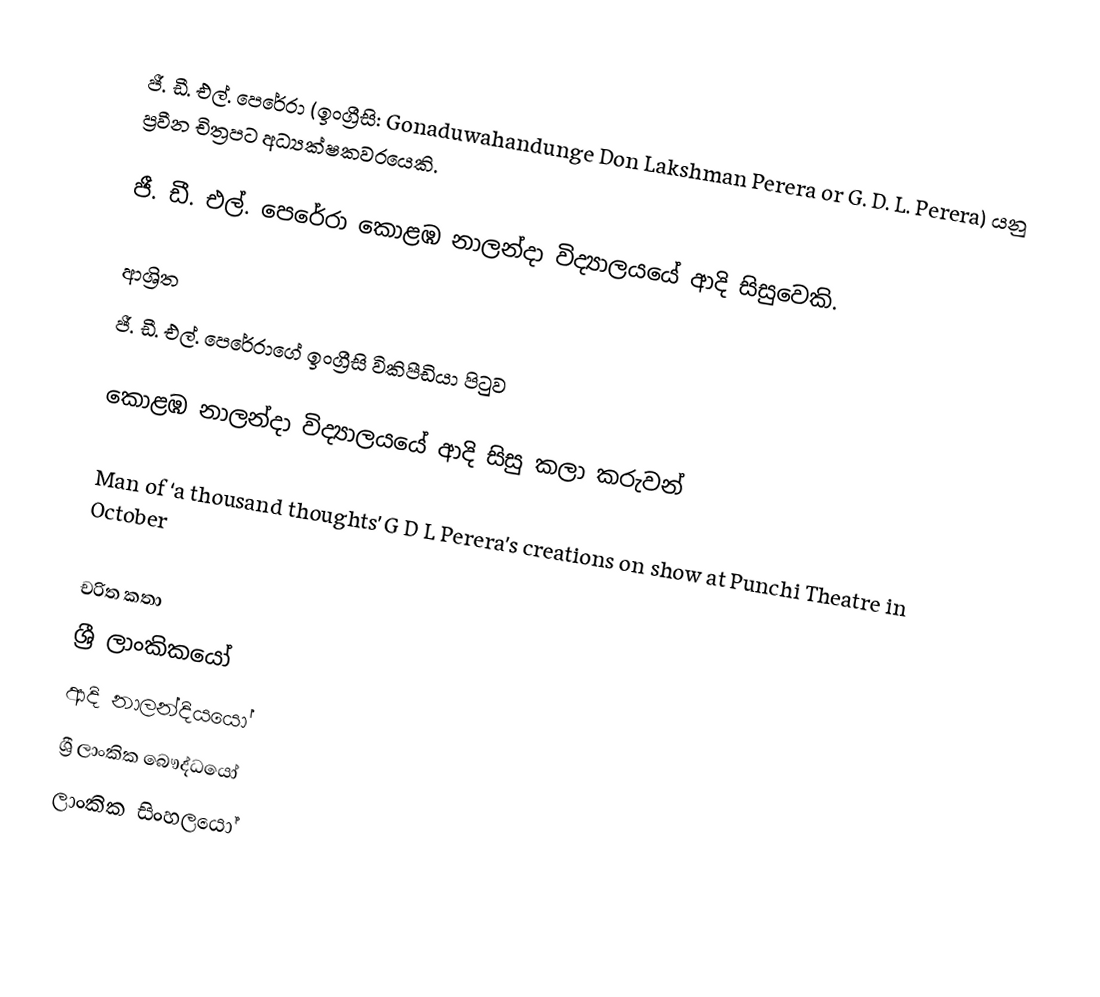
ජී. ඩී. එල්. පෙරේරා (ඉංග්‍රීසි: Gonaduwahandunge Don Lakshman Perera or G. D. L. Perera) යනු  ප්‍රවීන චිත්‍රපට අධ්‍යක්ෂකවරයෙකි.

ජී. ඩී. එල්. පෙරේරා  කොළඹ නාලන්දා විද්‍යාලයයේ ආදි සිසුවෙකි.

ආශ්‍රිත
  ජී. ඩී. එල්. පෙරේරාගේ ඉංග්‍රීසි විකිපීඩියා පිටුව

 කොළඹ නාලන්දා විද්‍යාලයයේ ආදි සිසු කලා කරුවන්

 Man of ‘a thousand thoughts’ G D L Perera’s creations on show at Punchi Theatre in October

චරිත කතා
ශ්‍රී ලාංකිකයෝ
ආදි නාලන්දියයෝ
ශ්‍රී ලාංකික බෞද්ධයෝ
ලාංකික සිංහලයෝ